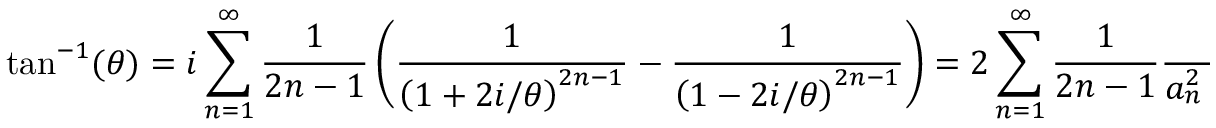
\tan ^ { - 1 } ( \theta ) = i \sum _ { n = 1 } ^ { \infty } { \frac { 1 } { 2 n - 1 } } \left( { \frac { 1 } { \left( 1 + 2 i / \theta \right) ^ { 2 n - 1 } } } - { \frac { 1 } { \left( 1 - 2 i / \theta \right) ^ { 2 n - 1 } } } \right) = 2 \sum _ { n = 1 } ^ { \infty } { { \frac { 1 } { 2 n - 1 } } { \frac { { { a } _ { n } } \left( \theta \right) } { a _ { n } ^ { 2 } \left( \theta \right) + b _ { n } ^ { 2 } \left( \theta \right) } } } ,